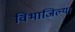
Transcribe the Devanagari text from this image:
विभाजिल्या